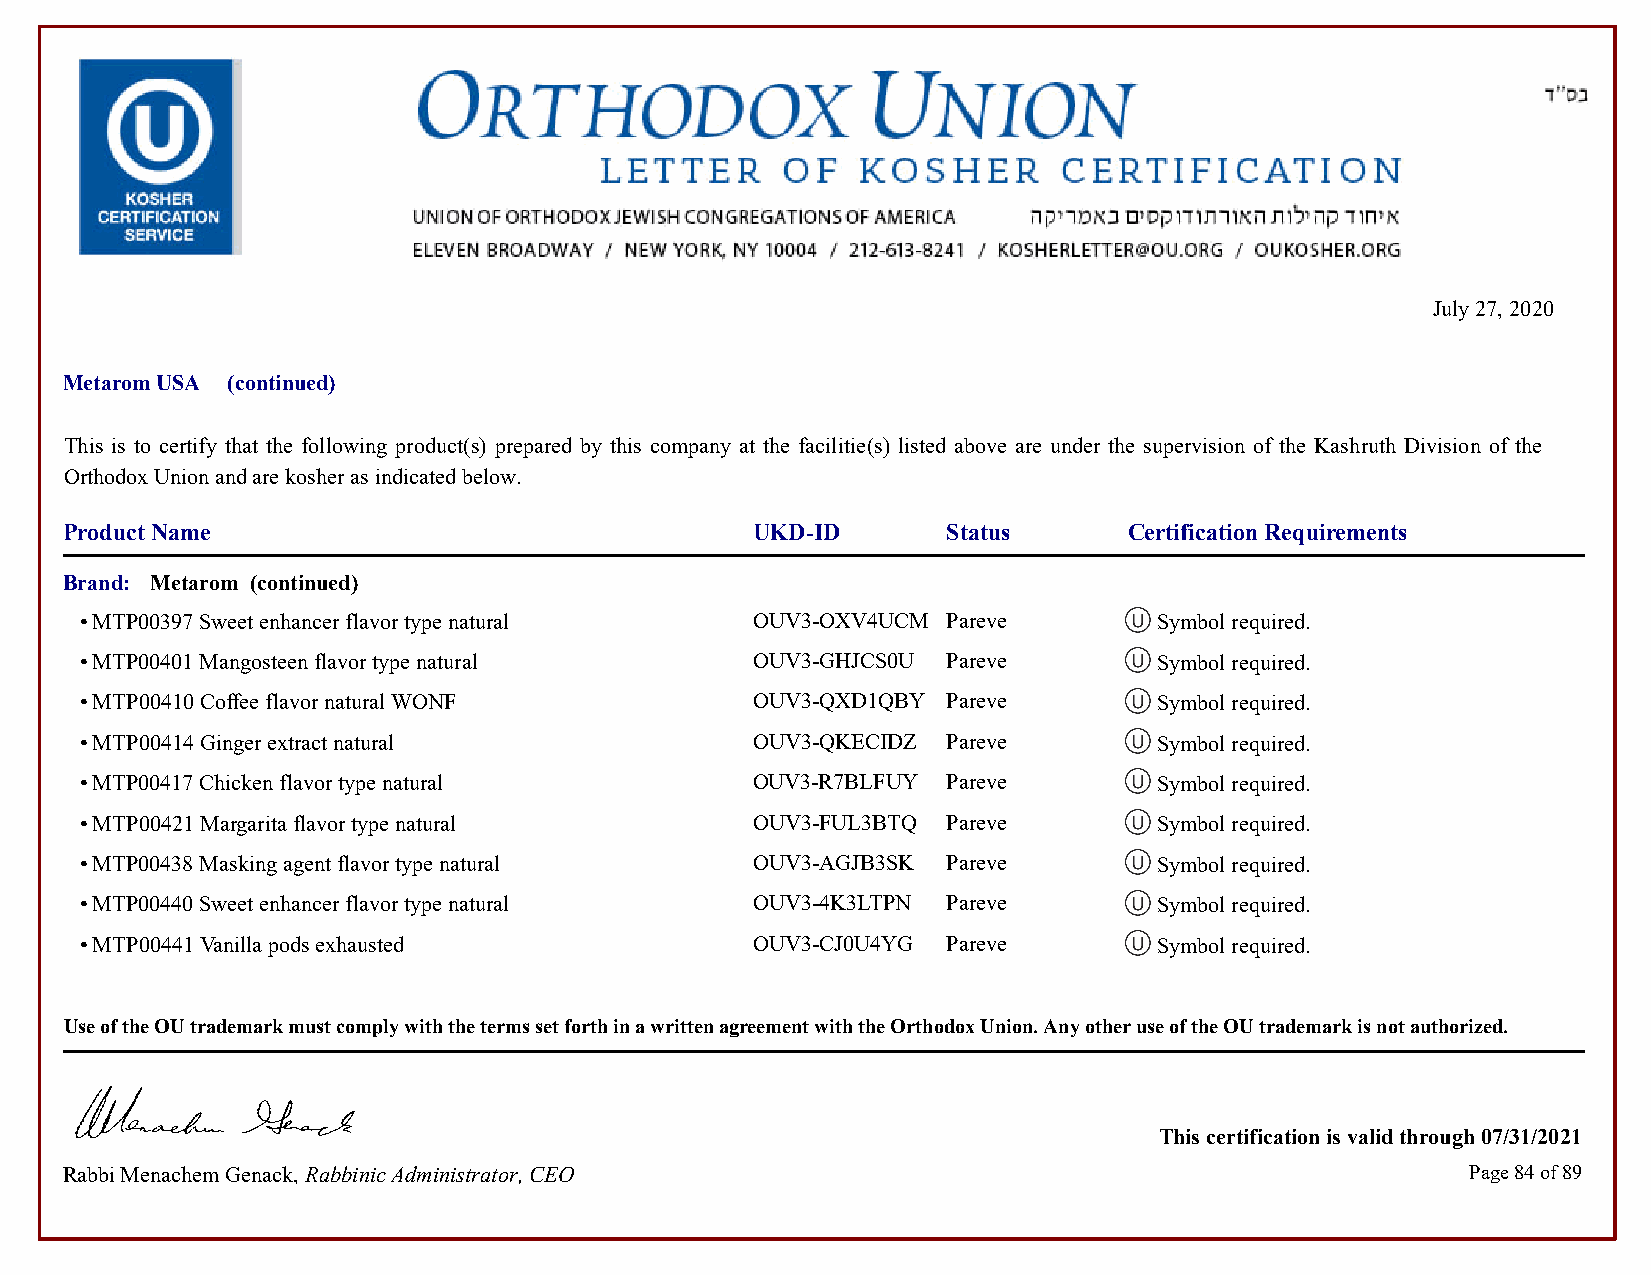
July 27, 2020
 Metarom USA (continued)
 This is to certify that the following product(s) prepared by this company at the facilitie(s) listed above are under the supervision of the Kashruth Division of the
 Orthodox Union and are kosher as indicated below.
 Product Name                                  UKD-ID       Status      Certification Requirements
 Brand: Metarom (continued)
 • MTP00397 Sweet enhancer flavor type natural OUV3-OXV4UCM Pareve       Symbol required.            Symbol required.
 • MTP00401 Mangosteen flavor type natural    OUV3-GHJCS0U Pareve        Symbol required.            Symbol required.
 • MTP00410 Coffee flavor natural WONF        OUV3-QXD1QBY Pareve        Symbol required.            Symbol required.
 • MTP00414 Ginger extract natural            OUV3-QKECIDZ Pareve        Symbol required.            Symbol required.
 • MTP00417 Chicken flavor type natural       OUV3-R7BLFUY Pareve        Symbol required.            Symbol required.
 • MTP00421 Margarita flavor type natural     OUV3-FUL3BTQ Pareve        Symbol required.            Symbol required.
 • MTP00438 Masking agent flavor type natural OUV3-AGJB3SK Pareve        Symbol required.            Symbol required.
 • MTP00440 Sweet enhancer flavor type natural OUV3-4K3LTPN Pareve       Symbol required.            Symbol required.
 • MTP00441 Vanilla pods exhausted            OUV3-CJ0U4YG Pareve        Symbol required.            Symbol required.
 Use of the OU trademark must comply with the terms set forth in a written agreement with the Orthodox Union. Any other use of the OU trademark is not authorized.
 This certification is valid through 07/31/2021
 Rabbi Menachem Genack, Rabbinic Administrator, CEO                                           Page 84 of 89